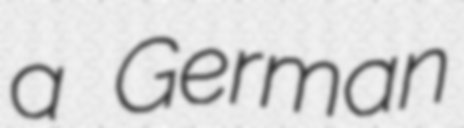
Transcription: a German